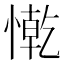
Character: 𢠥